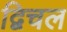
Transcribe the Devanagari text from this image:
द्विचल